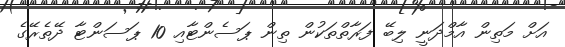
އަށް މަތިން އާމްދަނީ ލިބޭ ފަރާތްތަކުން ތިން ޕަސެންޓާއި 10 ޕަސަންޓާ ދޭތެރޭގެ